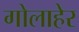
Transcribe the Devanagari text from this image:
गोलाहेर